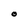
Character: O